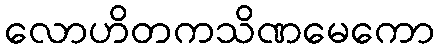
လောဟိတကသိဏမေကော